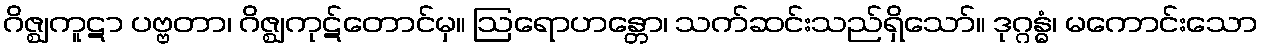
ဂိဇ္ဈကူဋာ ပဗ္ဗတာ၊ ဂိဇ္ဈကုဋ်တောင်မှ။ ဩရောဟန္တော၊ သက်ဆင်းသည်ရှိသော်။ ဒုဂ္ဂန္ဓံ၊ မကောင်းသော